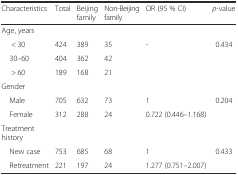
<table><thead><tr><td><b>Characteristics</b></td><td><b>Total</b></td><td><b>Beijing family</b></td><td><b>Non-Beijing family</b></td><td><b>OR (95 % CI)</b></td><td><b><i>p</i>-value</b></td></tr></thead><tbody><tr><td>Age, years</td><td></td><td></td><td></td><td></td><td></td></tr><tr><td>&lt; 30</td><td>424</td><td>389</td><td>35</td><td>-</td><td>0.434</td></tr><tr><td> 30–60</td><td>404</td><td>362</td><td>42</td><td></td><td></td></tr><tr><td>&gt; 60</td><td>189</td><td>168</td><td>21</td><td></td><td></td></tr><tr><td>Gender</td><td></td><td></td><td></td><td></td><td></td></tr><tr><td> Male</td><td>705</td><td>632</td><td>73</td><td>1</td><td>0.204</td></tr><tr><td> Female</td><td>312</td><td>288</td><td>24</td><td>0.722 (0.446–1.168)</td><td></td></tr><tr><td>Treatment history</td><td></td><td></td><td></td><td></td><td></td></tr><tr><td> New case</td><td>753</td><td>685</td><td>68</td><td>1</td><td>0.433</td></tr><tr><td> Retreatment</td><td>221</td><td>197</td><td>24</td><td>1.277 (0.751–2.007)</td><td></td></tr></tbody></table>